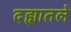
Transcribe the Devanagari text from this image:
दह्यातले